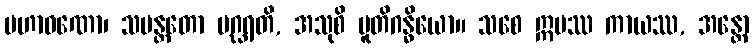
မဟာဝဏော၊ သမန္တတော ပဂ္ဃရတိ, အသုစိ ပူတိဂန္ဓိယော။ သစေ ဣမဿ ကာယဿ, အန္တော